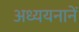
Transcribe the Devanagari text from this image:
अध्ययनानें